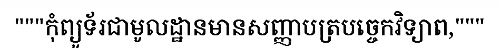
"""កុំព្យូទ័រជាមូលដ្ឋានមានសញ្ញាបត្របច្ចេកវិទ្យាព,"""